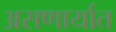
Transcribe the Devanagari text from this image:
असणार्यात